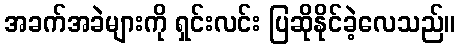
အခက်အခဲများကို ရှင်းလင်း ပြဆိုနိုင်ခဲ့လေသည်။